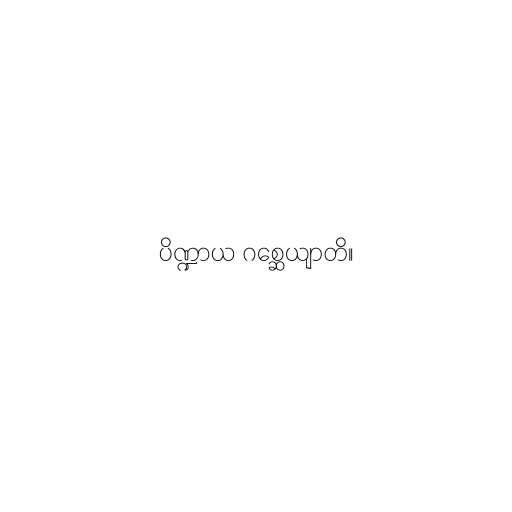
ပိဏ္ဍာယ ဂစ္ဆေယျာတိ။